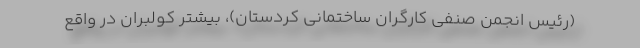
(رئیس انجمن صنفی کارگران ساختمانی کردستان)، بیشتر کولبران در واقع